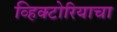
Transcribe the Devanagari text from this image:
व्हिक्टोरियाचा